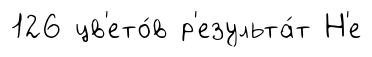
126 цв'ето́в р'езульта́т Н'е